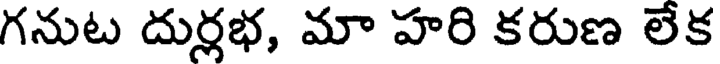
గనుట దుర్లభ, మా హరి కరుణ లేక